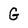
Character: G